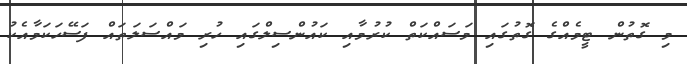
މި ގޮތުން ޓީމެއްގެ ގޮތުގައި މަސައްކަތް ކުރުމާއި ކައުންސިލްގައި ހުރި މައްސަލަތައް ފަސޭހަކަމާއެކު